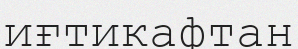
иғтикафтан